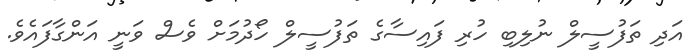
އަދި ތަފުސީލް ނުލިބި ހުރި ފައިސާގެ ތަފުސީލް ހޯދުމަށް ވެސް ވަނީ އަންގާފައެވެ.